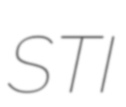
STI